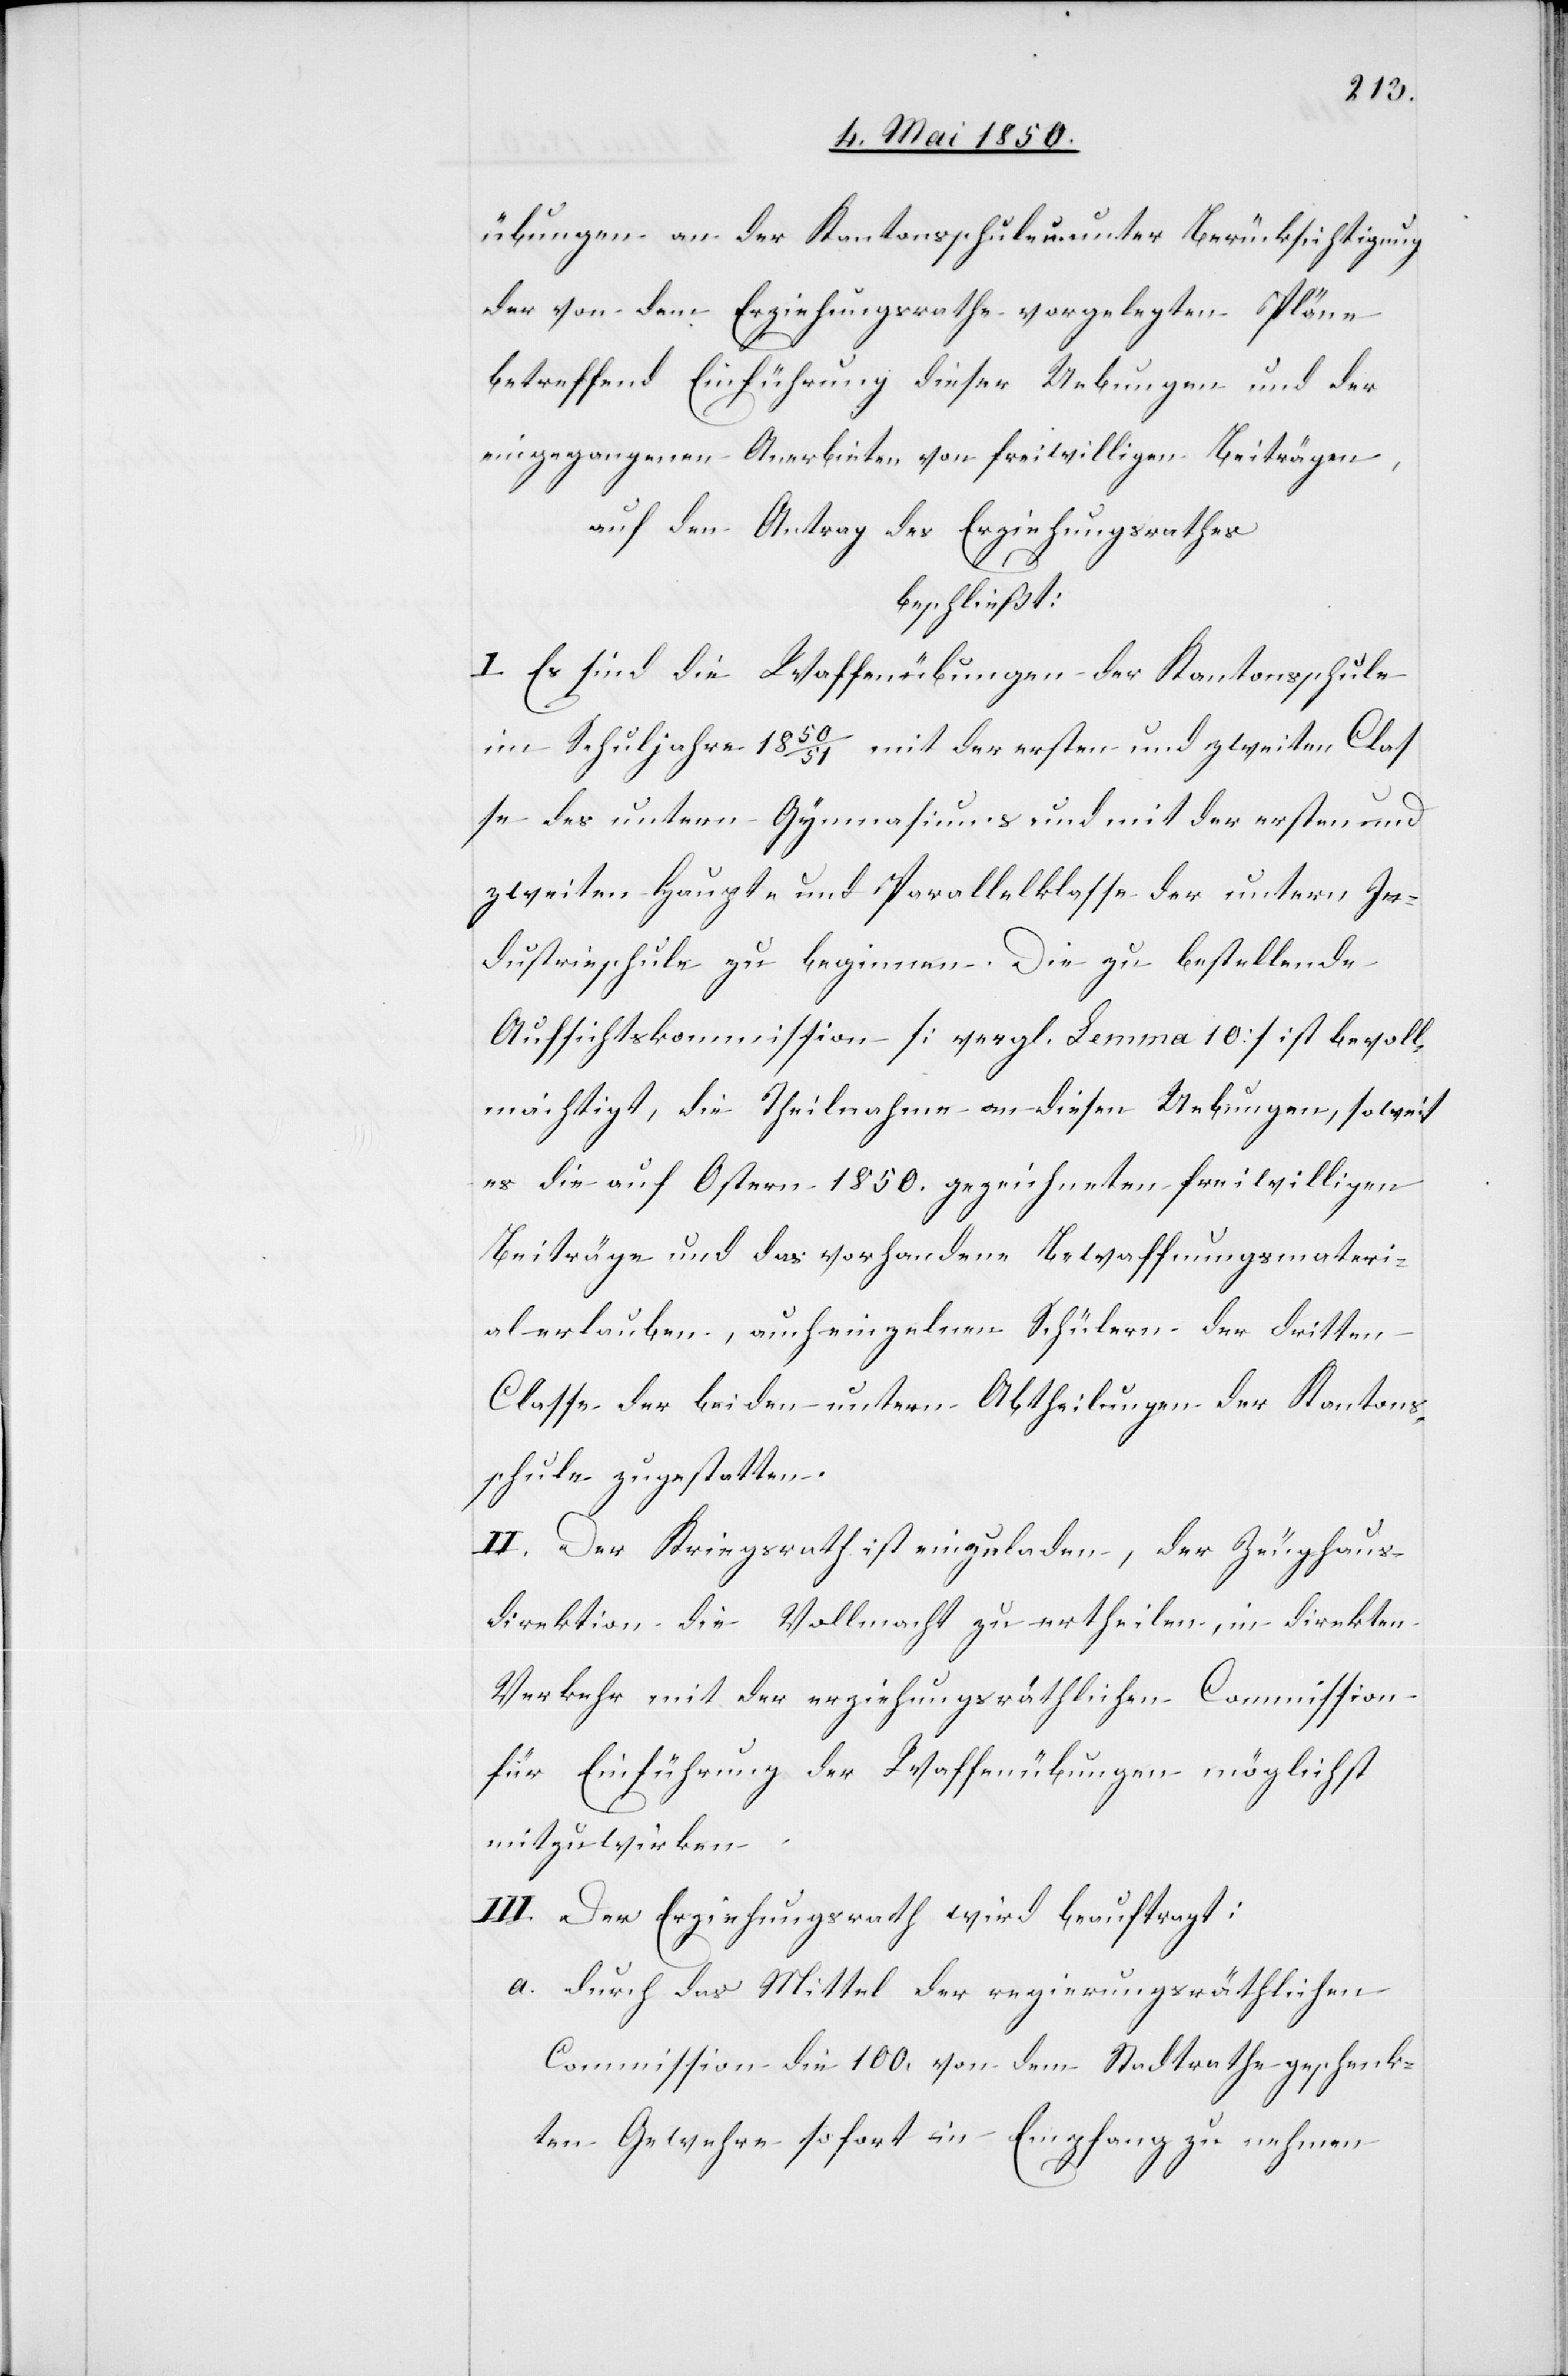
übungen an der Kantonsschule u. unter Berücksichtigung
der von dem Erziehungsrathe vorgelegten Pläne
betreffend Einführung dieser Uebungen und der
eingegangenen Anerbieten von freiwilligen Beiträgen,
auf den Antrag des Erziehungsrathes
beschließt:
I. Es sind die Waffenübungen der Kantonsschule
im Schuljahre 1850/51 mit der ersten und zweiten Clas¬
se des untern Gymnasiums und mit der ersten und
zweiten Haupt- unt [sic!] Parallelklasse der untern In¬
dustrieschule zu beginnen. Die zu bestellende
Aufsichtskommission [vergl. Lemma 10] ist bevoll¬
mächtigt, die Theilnahme an diesen Uebungen, soweit
es die auf Ostern 1850. gezeichneten freiwilligen
Beiträge und das vorhandene Bewaffnungsmateri¬
al erlauben, auch einzelnen Schülern der dritten
Classe der beiden untern Abtheilungen der Kantons¬
schule zu gestatten.
II. Der Kriegsrath ist einzuladen, der Zeughaus¬
direktion die Vollmacht zu ertheilen, in direkten
Verkehr mit der erziehungsräthlichen Commission
für Einführung der Waffenübungen möglichst
mitzuwirken.
III. Der Erziehungsrath wird beauftragt:
a. durch das Mittel der regierungsräthlichen
Commission die 100. von dem Stadtrathe geschenk¬
ten Gewehre sofort in Empfang zu nehmen